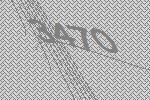
3470